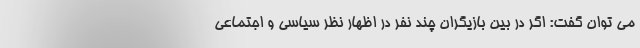
می توان گفت: اگر در بین بازیگران چند نفر در اظهار نظر سیاسی و اجتماعی